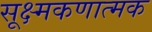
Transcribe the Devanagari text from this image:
सूक्ष्मकणात्मक